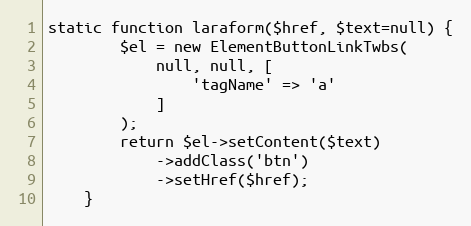
Language: PHP
static function laraform($href, $text=null) {
        $el = new ElementButtonLinkTwbs(
            null, null, [
                'tagName' => 'a'
            ]
        );
        return $el->setContent($text)
            ->addClass('btn')
            ->setHref($href);
    }